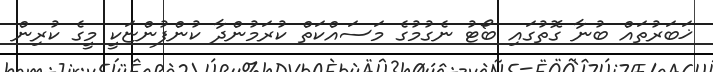
ޚަބަރުތައް ބުނާ ގޮތުގައި ބޯޓު ނެގުމުގެ މަސައްކަތް ކުރަމުންދާ ކުންފުންޏަކީ މީގެ ކުރިން